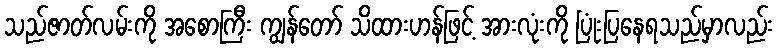
သည်ဇာတ်လမ်းကို အစောကြီး ကျွန်တော် သိထားဟန်ဖြင့် အားလုံးကို ပြုံးပြနေရသည်မှာလည်း